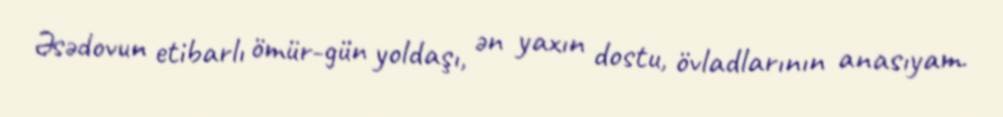
Əsədovun etibarlı ömür-gün yoldaşı, ən yaxın dostu, övladlarının anasıyam.